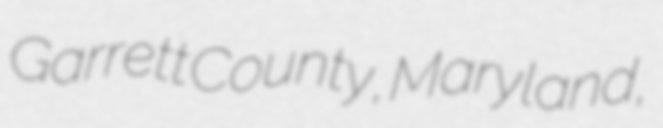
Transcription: Garrett County, Maryland,